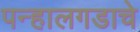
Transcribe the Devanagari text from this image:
पन्हालगडाचे